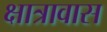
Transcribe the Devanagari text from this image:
क्षात्रावास